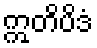
ဣတိပိဒံ